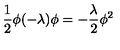
\frac { 1 } { 2 } \phi ( - \lambda ) \phi = - \frac { \lambda } { 2 } \phi ^ { 2 }